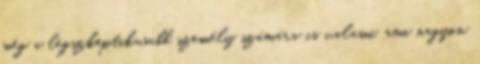
még a legszkeptikusabb személy számára is valami, ami nagyon